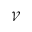
\mathcal { V }